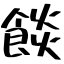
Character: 餤